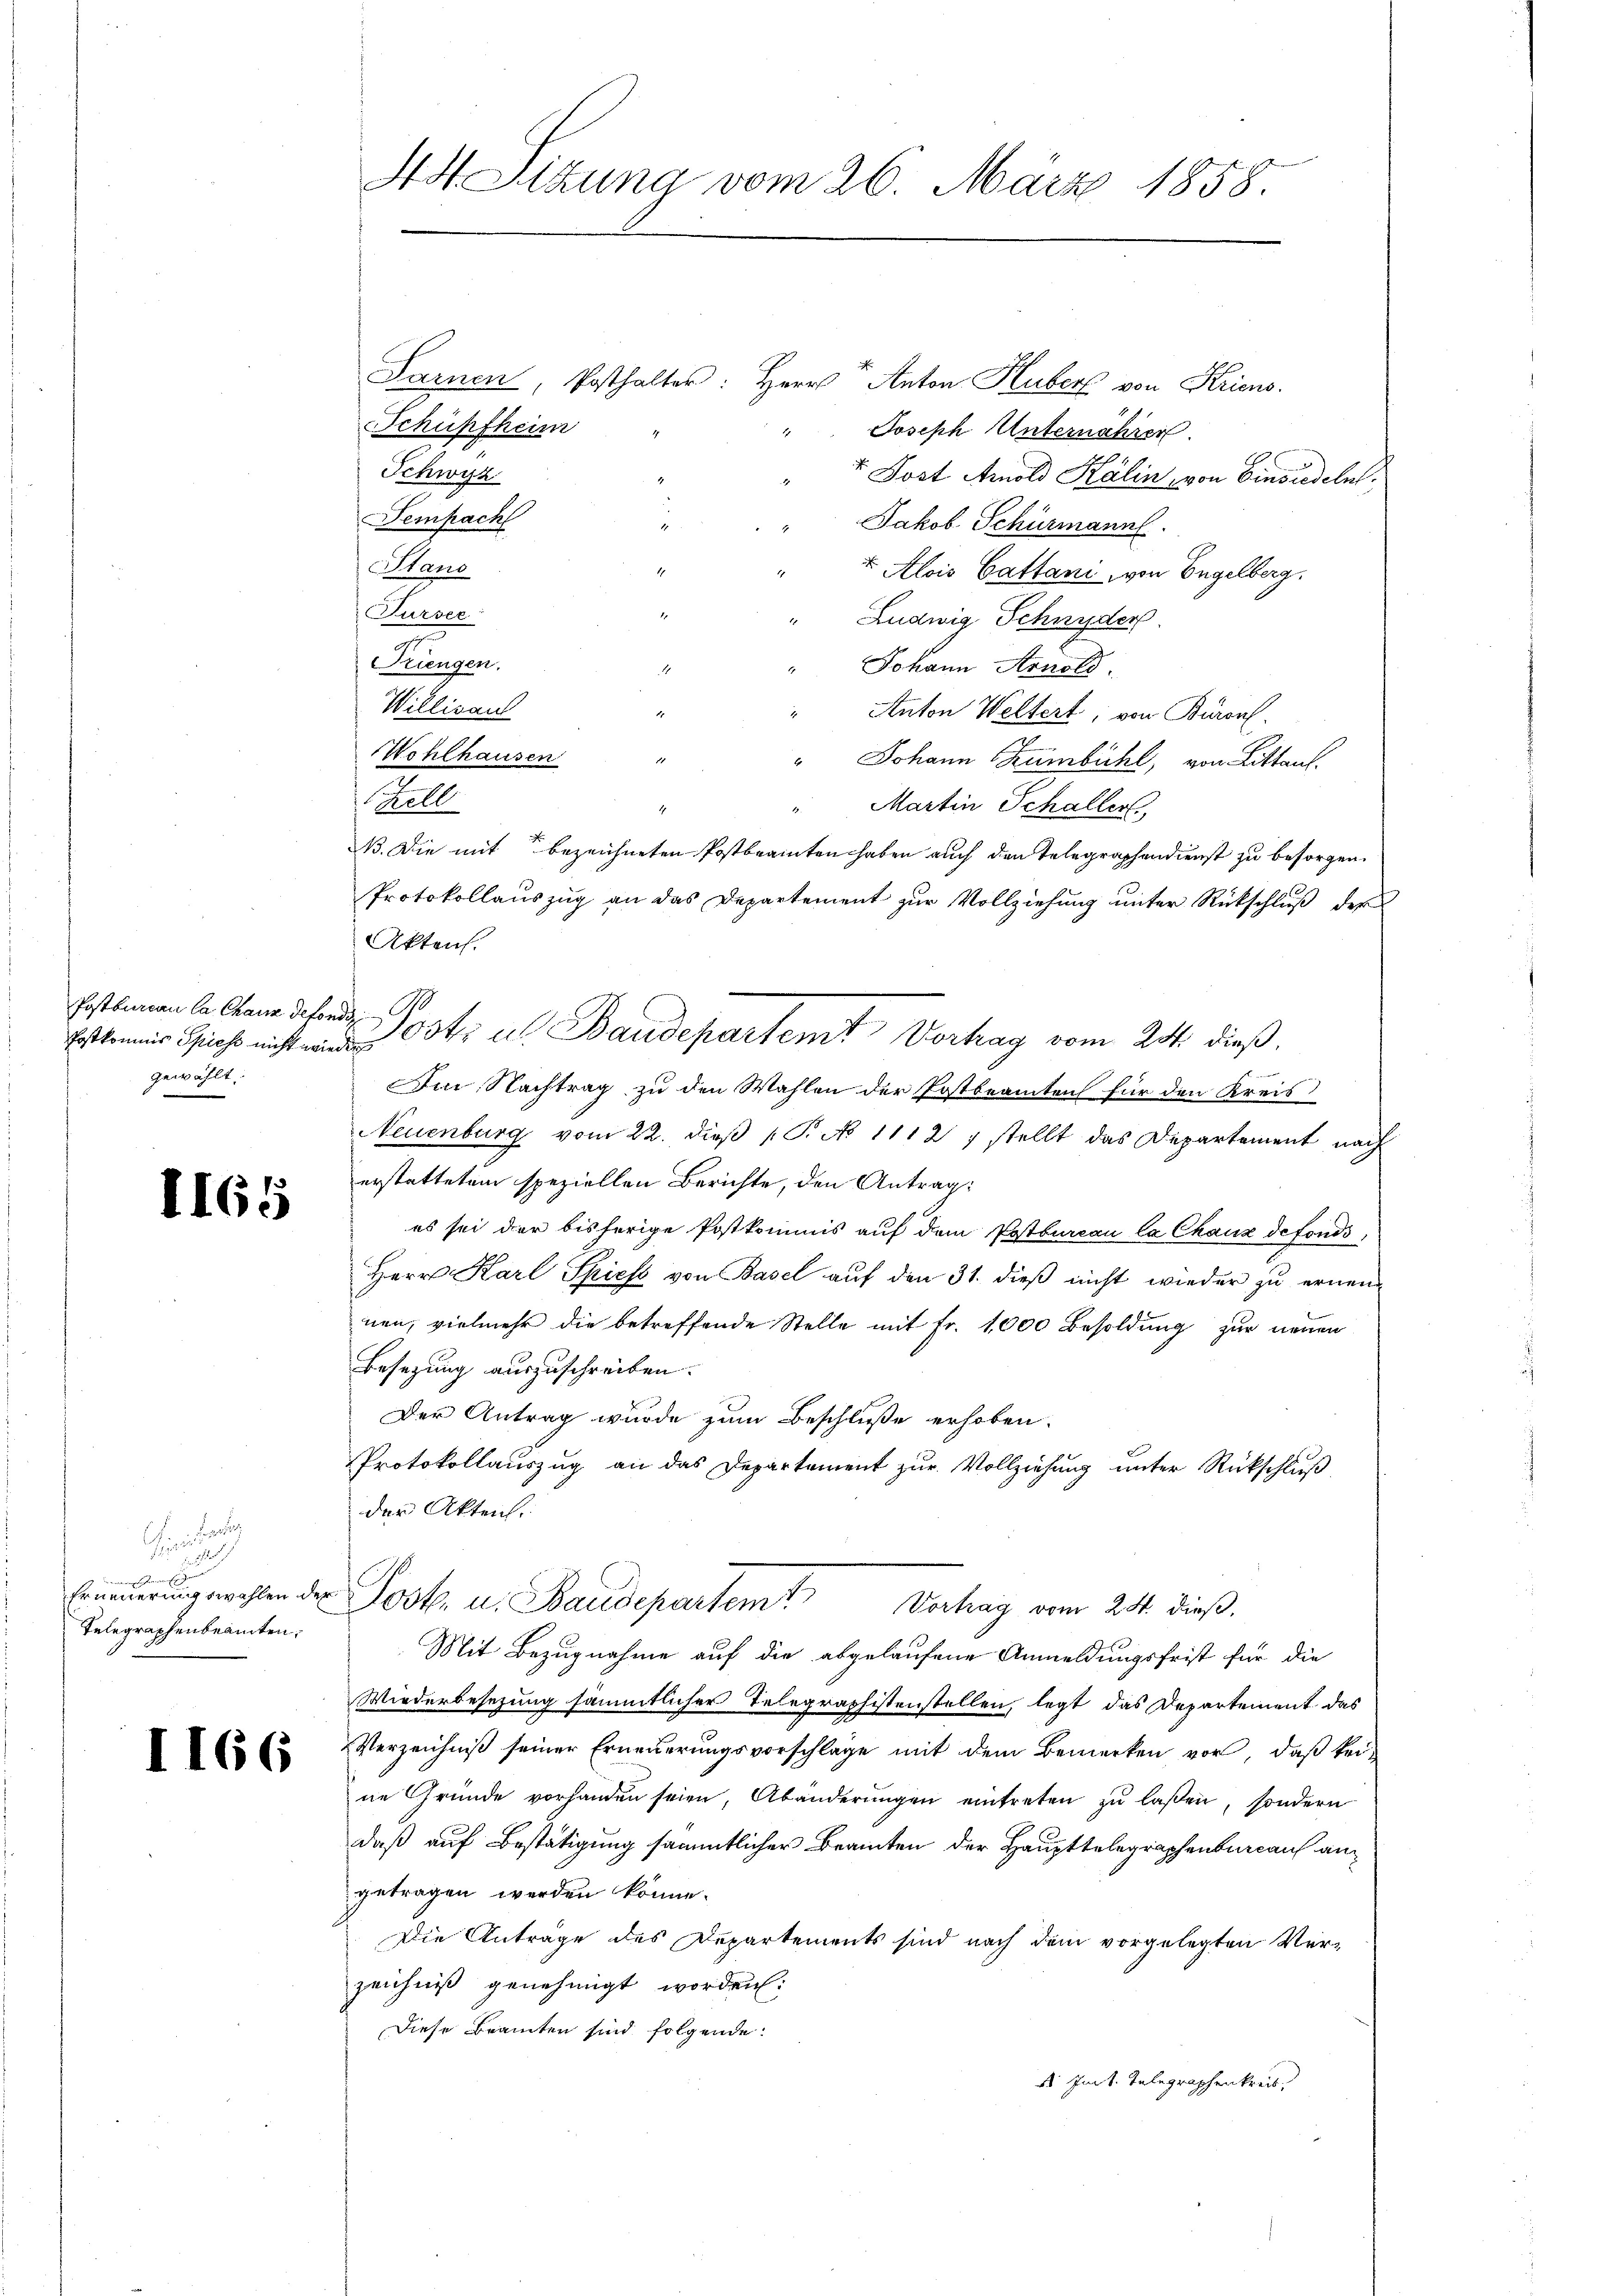
Postbureau Ca Chaus defond,
gewählt.

1165

Chinein der

7 erlangen denen sehr gemeine
Telegraphenbeamten,

1166

Sarnen, Posthalter: Herr Anton Huber von Kriens.
Schüpfheim
Joseph Unternähren.
Schwyz
v. Post Amold Kälin, von Einsiedeln.
Sempach
" Jakob Schürmann.
Stand
1
 Alois Cattani, von Engelberg
Fursee:
" Ludwig Schnyder
Triengen.
" Johann Arnold
" Anton Weltert, von Büronl.
Wohlhausen
d
" Johann SZumbühl, von Litten.
Hell
" Martin Schaller
1.
B. Die mit bezeichneten Postbeamten haben auch den Telegraphendienst zu besorgen.
Protokollaŭszŭg an das Departement zŭr Vollziehŭng ŭnter Rückschlŭβ der
Akten.
Es ist Ott u. Baudepartem Vertrag vom 25. dieß.
f
Im Nachtrag zu den Wahlen der Postbeamten für den Kreis
Neuenburg vom 22. dieß (T. No 1112, stellt das Departement nach
erstattetem speziellen Berichte, den Antrag:
es sei der bisherige Postkommis auf dem Postbureau la Chaux defonds,
Herr Karl Spies von Basel auf den 31. dieß nicht wieder zu ernennen, vielmehr die betreffende Stelle mit Fr. 1000 Besoldung zur neuen
Besetzung auszuschreiben.
Der Antrag wurde zum Beschluße erhoben.
Protokollauszug an das Departement zur Vollziehung unter Rückschluß
der Akten.
Erneuerungswahlen des Post, u. Baudepartem t
Vortrag vom 24. dieß,
Mit Bezugnahme auf die abgelaufene Anmeldungsfrist für die
Wiederbesezung sämmtlicher Telegraphistenstellen, legt das Departement das
Verzeichniß seiner Erneuerungsvorschläge mit dem Bemerken vor, daß kei-
ne Gründe vorhanden seien, Abänderŭngen eintreten zŭ lassen, sondern
daß auf Bestätigung sämmtlicher Beamten der Haupttelegraphenbureau angetragen werden könne.
Die Anträge des Departements sind nach dem vorgelegten Verzeichniß genehmigt worden:
Diese Beamten sind folgende:
 Imit. Telegraphenkreis

44. Sitzung vom 26. März 1858.

Willisaus